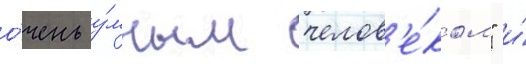
о́чень у́мным челов'е́ком" и́